Report of the Bombay Veterinary College
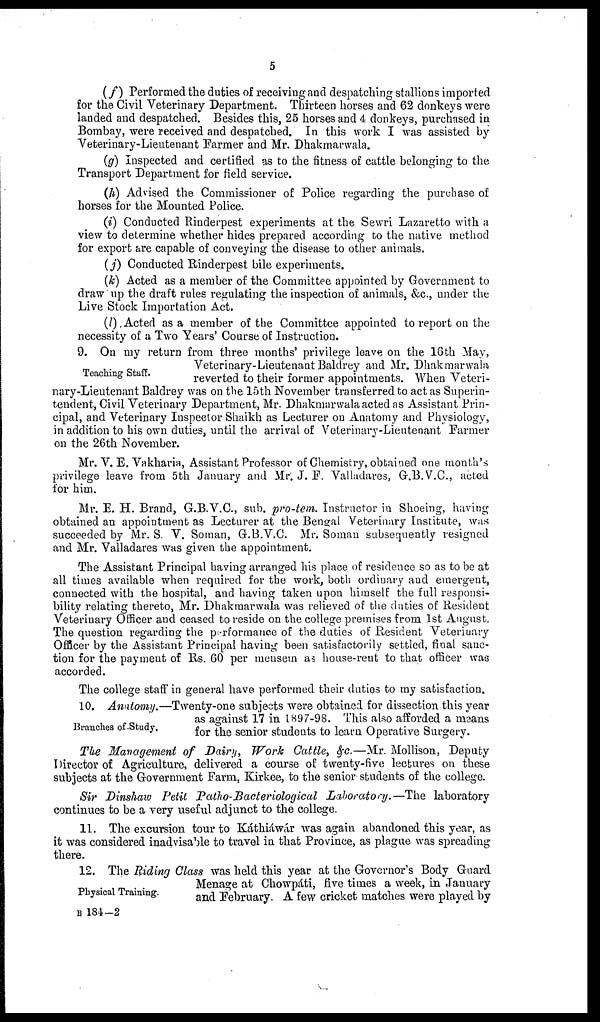
5
(f) Performed the duties of receiving and despatching stallions imported
for the Civil Veterinary Department. Thirteen horses and 62 donkeys were
landed and despatched. Besides this, 25 horses and 4 donkeys, purchased in.
Bombay, were received and despatched. In this work I was assisted by
Veterinary-Lieutenant Farmer and Mr. Dhakmarwala.
(g) Inspected and certified as to the fitness of cattle belonging to the
Transport Department for field service.
(h) Advised the Commissioner of Police regarding the purchase of
horses for the Mounted Police.
(i) Conducted Rinderpest experiments at the Sewri Lazaretto with a
view to determine whether hides prepared according to the native method
for export are capable of conveying the disease to other animals.
(j) Conducted Rinderpest bile experiments.
(k) Acted as a member of the Committee appointed by Government to
draw up the draft rules regulating the inspection of animals, &c., under the
Live Stock Importation Act.
(l) Acted as a member of the Committee appointed to report on the
necessity of a Two Years' Course of Instruction.
Teaching Staff.
9. On my return from three months' privilege leave on the 16th May,
Veterinary-Lieutenant Baldrey and Mr. Dhakmarwala
reverted to their former appointments. When Veteri-
nary-Lieutenant Baldrey was on the 15th November transferred to act as Superin-
tendent, Civil Veterinary Department, Mr. Dhakmarwala acted as Assistant Prin-
cipal, and Veterinary Inspector Shaikh as Lecturer on Anatomy and Physiology,
in addition to his own duties, until the arrival of Veterinary-Lieutenant Farmer
on the 26th November.
Mr. V. E. Vakharia, Assistant Professor of Chemistry, obtained one month's
privilege leave from 5th January and Mr. J. F. Valladares, G.B.V.C., acted
for him.
Mr. E. H. Brand, G.B.V.C., sub. pro-tem. Instructor in Shoeing, having
obtained an appointment as Lecturer at the Bengal Veterinary Institute, was
succeeded by Mr. S. V. Soman, G.B.V.C. Mr. Soman subsequently resigned
and Mr. Valladares was given the appointment.
The Assistant Principal having arranged his place of residence so as to be at
all times available when required for the work, both ordinary and emergent,
connected with the hospital, and having taken upon himself the full responsi-
bility relating thereto, Mr. Dhakmarwala was relieved of the duties of Resident
Veterinary Officer and ceased to reside on the college premises from 1st August.
The question regarding the performance of the duties of Resident Veterinary
Officer by the Assistant Principal having been satisfactorily settled, final sanc-
tion for the payment of Rs. 60 per mensem as house-rent to that officer was
accorded.
The college staff in general have performed their duties to my satisfaction.
Branches of Study.
10. Anatomy.—Twenty-one subjects were obtained for dissection this year
as against 17 in 1897-98. This also afforded a means
for the senior students to learn Operative Surgery.
The Management of Dairy, Work Cattle, &c.—Mr. Mollison, Deputy
Director of Agriculture, delivered a course of twenty-five lectures on these
subjects at the Government Farm, Kirkee, to the senior students of the college.
Sir Dinshaw Petit Patho-Bacteriological Laboratory.—The laboratory
continues to be a very useful adjunct to the college.
11. The excursion tour to Káthiáwár was again abandoned this year, as
it was considered inadvisable to travel in that Province, as plague was spreading
there.
Physical Training.
12. The Riding Class was held this year at the Governor's Body Guard
Menage at Chowpáti, five times a week, in January
and February. A few cricket matches were played by
B 184-2